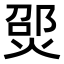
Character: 𪹃